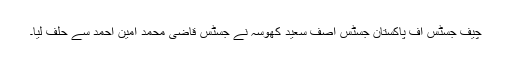
چیف جسٹس آف پاکستان جسٹس آصف سعید کھوسہ نے جسٹس قاضی محمد امین احمد سے حلف لیا۔